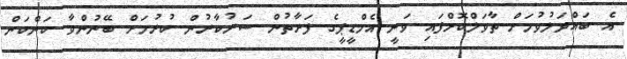
އެ ބައްދަލުވުމަށް ތާވަލްކޮށްފައި ވަނީ އެމްޑީޕީގެ ފަރާތުން ސަރުކާރުން ކުރުމަށް ބޭނުންވާ ކަންކަން